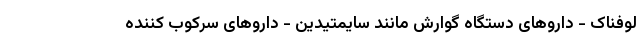
لوفناک - داروهای دستگاه گوارش مانند سایمتیدین - داروهای سرکوب کننده